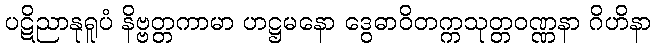
ပဋိညာနုရူပံ နိဗ္ဗတ္တကာမာ ဟဋ္ဌမနော ဒွေဓာဝိတက္ကသုတ္တဝဏ္ဏနာ ဂိဟိနာ